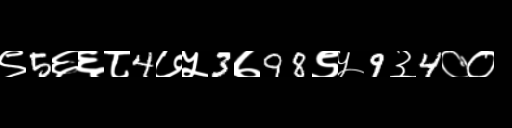
Text: ९5६६८4७५3७98९५9३4००